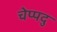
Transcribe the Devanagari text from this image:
चेप्पदु